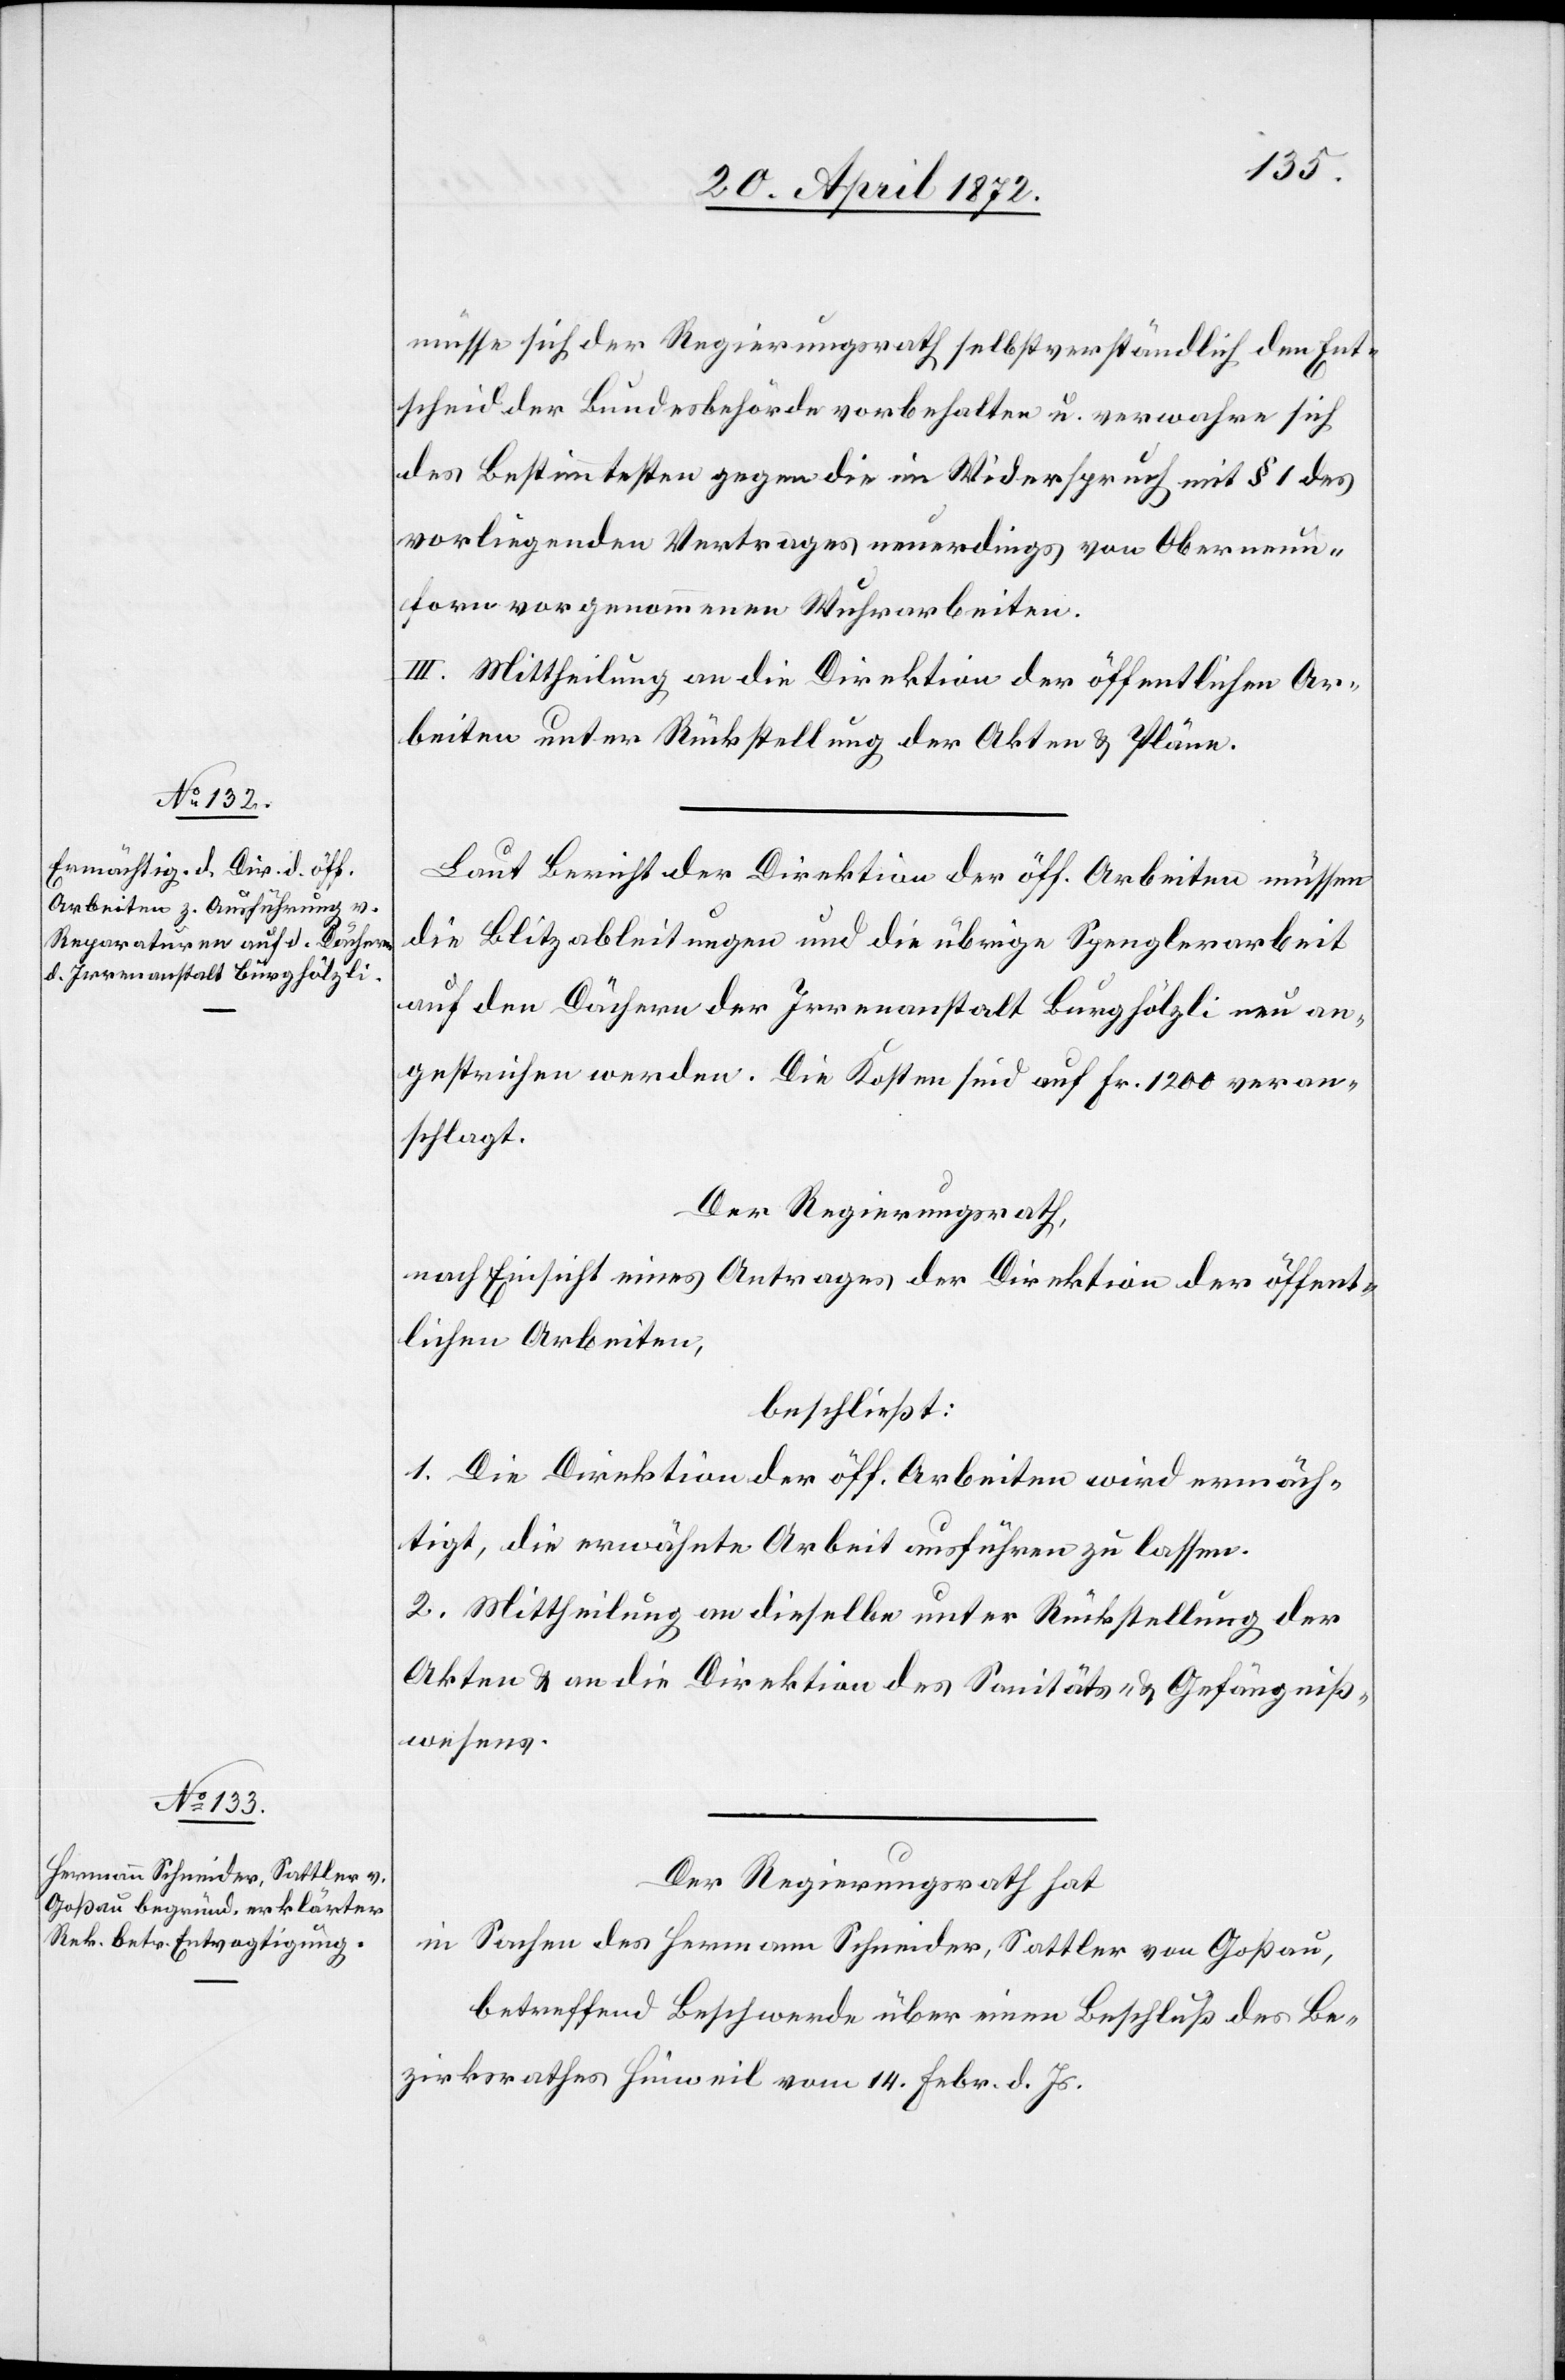
müsse sich der Regierungsrath selbstverständlich den Ent¬
scheid der Bundesbehörde vorbehalten u. verwahre sich
des Bestimmtesten gegen die im Widerspruch mit § 1 des
vorliegenden Vertrages neuerdings von Oberneun¬
forn vorgenommenen Wuhrarbeiten.
III. Mittheilung an die Direktion der öffentlichen Ar¬
beiten unter Rückstellung der Akten u. Pläne.
Laut Bericht der Direktion der öff. Arbeiten müssen
die Blitzableitungen und die übrige Spenglerarbeit
auf den Dächern der Irrenanstalt Burghölzli neu an¬
gestrichen werden. Die Kosten sind auf Fr. 1200 veran¬
schlagt.
Der Regierungsrath,
nach Einsicht eines Antrages der Direktion der öffent¬
lichen Arbeiten,
beschließt:
1. Die Direktion der öff. Arbeiten wird ermäch¬
tigt, die erwähnte Arbeit ausführen zu lassen.
2. Mittheilung an dieselbe unter Rückstellung der
Akten u. an die Direktion des Sanitäts- u. Gefängniß¬
wesens.
Der Regierungsrath hat
in Sachen des Hermann Schneider, Sattler von Goßau,
betreffend Beschwerde über einen Beschluß des Be¬
zirksrathes Hinweil vom 14. Febr. d. Js